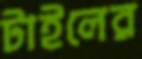
টাইলের